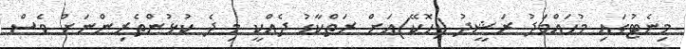
މިނެޓުގައި މުހައްމަދު ރަޝީދު (ހޮކޭ)އަށް ރަތްކާޑު ދެއްކީ މި ދެ ކުޅުންތެރިންނަށް ވެސް